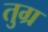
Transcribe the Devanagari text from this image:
तुग्र